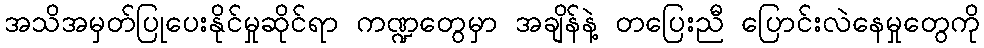
အသိအမှတ်ပြုပေးနိုင်မှုဆိုင်ရာ ကဏ္ဍတွေမှာ အချိန်နဲ့ တပြေးညီ ပြောင်းလဲနေမှုတွေကို